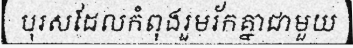
បុរសដែលកំពុងរួមរ័កគ្នាជាមួយ